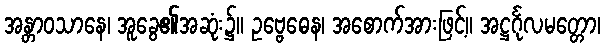
အန္တာဝသာနေ၊ အူခွေ၏အဆုံး၌။ ဥဗ္ဗေဓေန၊ အစောက်အားဖြင့်။ အဋ္ဌင်္ဂုလမတ္တော၊